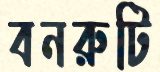
বনরুটি